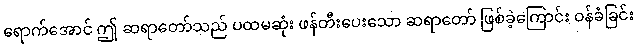
ရောက်အောင် ဤ ဆရာတော်သည် ပထမဆုံး ဖန်တီးပေးသော ဆရာတော် ဖြစ်ခဲ့ကြောင်း ဝန်ခံခြင်း